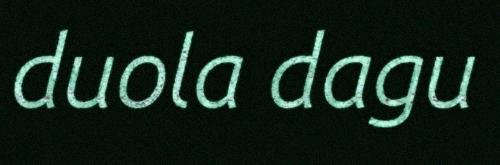
duola dagu